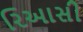
રિઆસી